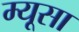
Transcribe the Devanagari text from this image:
म्यूसा